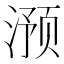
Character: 滪